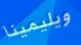
ويليمينا